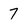
Character: 7